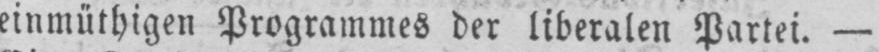
einmüthigen Programmes der liberalen Partei. -